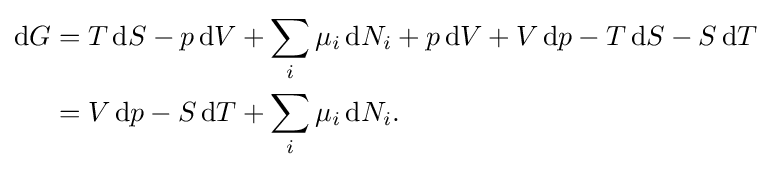
{\begin{aligned}\mathrm {d} G&=T\,\mathrm {d} S-p\,\mathrm {d} V+\sum _{i}\mu _{i}\,\mathrm {d} N_{i}+p\,\mathrm {d} V+V\,\mathrm {d} p-T\,\mathrm {d} S-S\,\mathrm {d} T\\&=V\,\mathrm {d} p-S\,\mathrm {d} T+\sum _{i}\mu _{i}\,\mathrm {d} N_{i}.\end{aligned}}